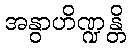
အနွာဟိဏ္ဍန္တိ